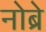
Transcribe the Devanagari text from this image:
नोब्रे